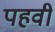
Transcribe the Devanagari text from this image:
पहवी